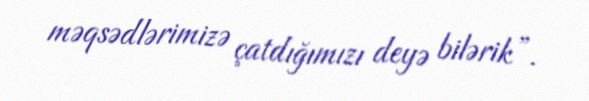
məqsədlərimizə çatdığımızı deyə bilərik”.